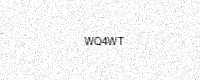
Text: WQ4WT